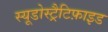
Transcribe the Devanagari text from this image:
स्यूडोस्ट्रैटिफ़ाइड